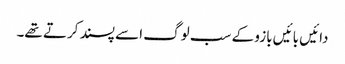
دائیں بائیں بازو کے سب لوگ اسے پسند کرتے تھے۔